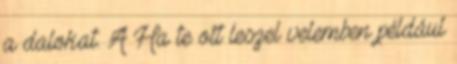
a dalokat. A Ha te ott leszel velemben például